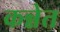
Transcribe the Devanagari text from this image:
कन्नेत